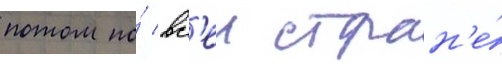
потом по́ вс'еи стран'е́